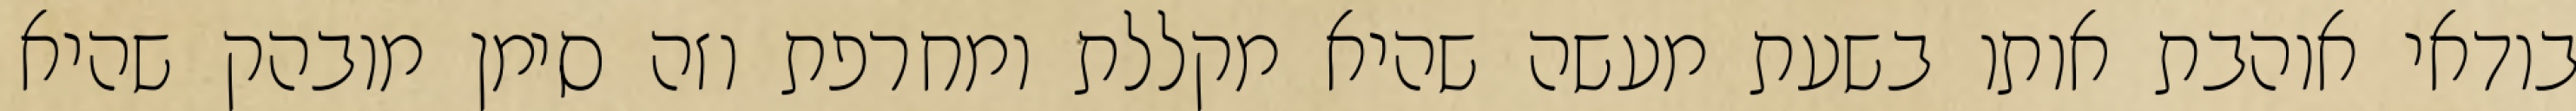
בודאי אוהבת אותו בשעת מעשה שהיא מקללת ומחרפת וזה סימן מובהק שהיא